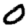
Digit: 0